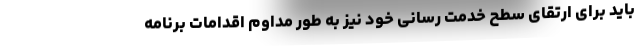
باید برای ارتقای سطح خدمت رسانی خود نیز به طور مداوم اقدامات برنامه